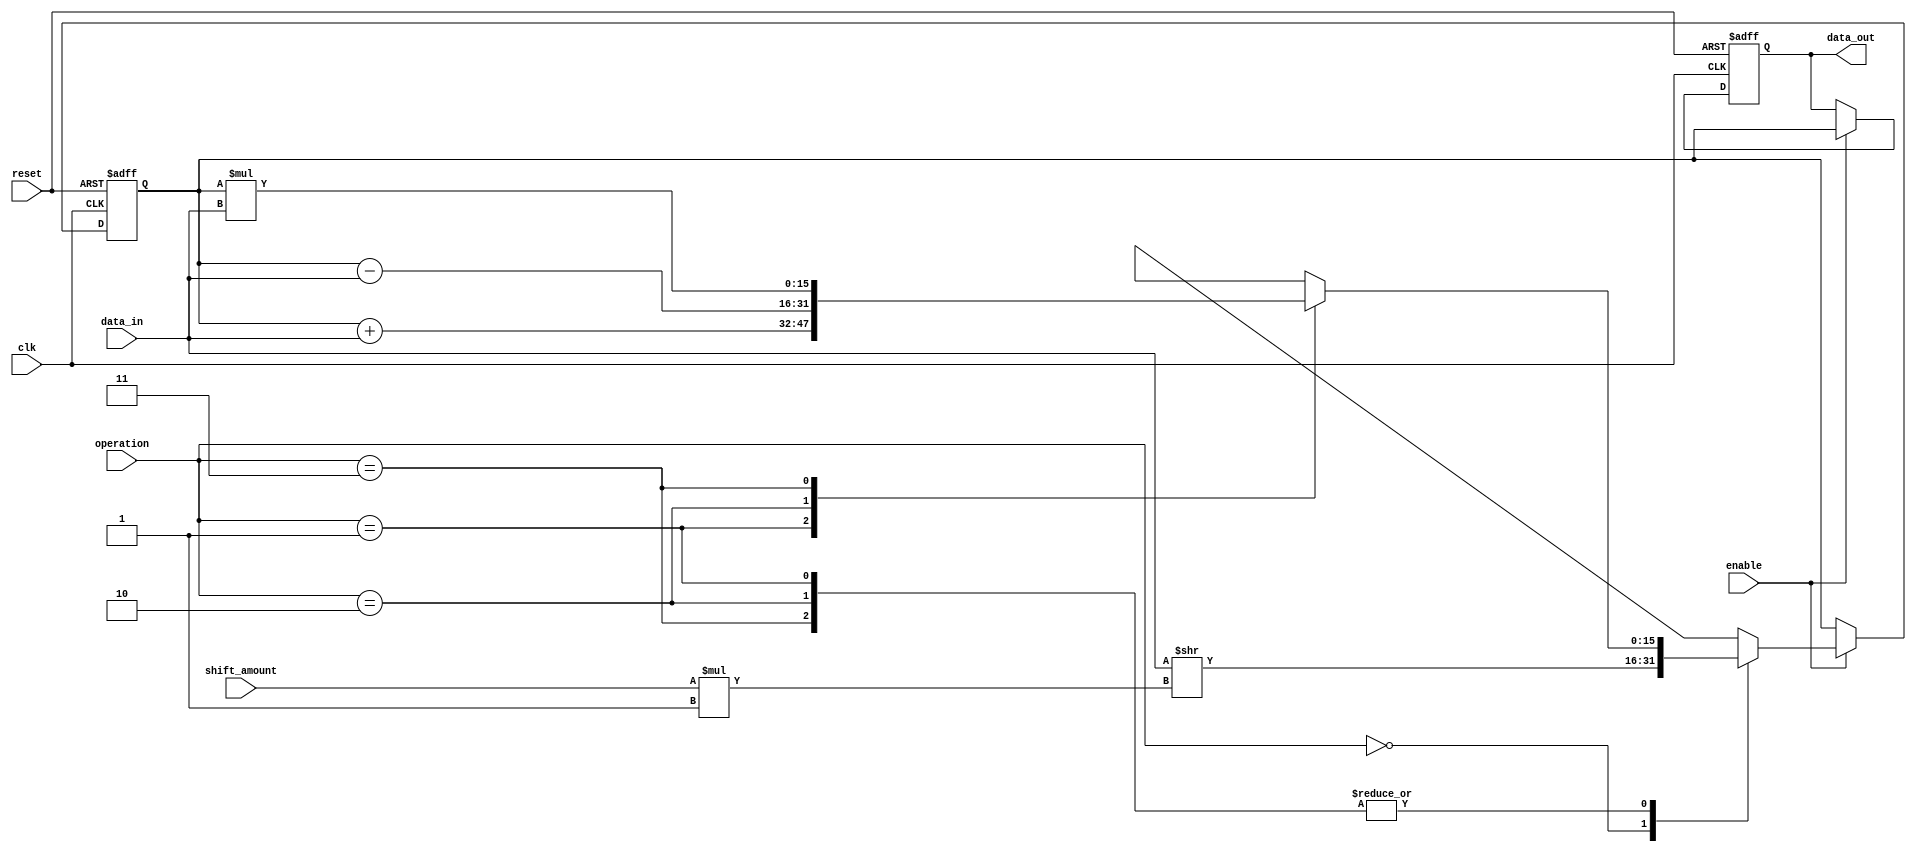
module LogarithmicShiftRegister #(
    parameter DATA_WIDTH = 16, // Default data width
    parameter LOG_BASE = 2      // Logarithmic base for shifting
)(
    input wire clk,             // Clock signal
    input wire reset,           // Reset signal
    input wire enable,          // Enable signal
    input wire [DATA_WIDTH-1:0] data_in, // Input data
    input wire [3:0] shift_amount, // Amount to shift (logarithmic)
    input wire [1:0] operation, // Operation: 00 - Shift, 01 - Add, 10 - Subtract, 11 - Multiply
    output reg [DATA_WIDTH-1:0] data_out // Output data
);

// Internal register to hold the processed data
reg [DATA_WIDTH-1:0] internal_reg;

// Logarithmic Shift Logic
function [DATA_WIDTH-1:0] log_shift;
    input [DATA_WIDTH-1:0] data;
    input [3:0] amount;
    begin
        // Logarithmic shifting based on LOG_BASE
        log_shift = data >> (amount * $clog2(LOG_BASE));
    end
endfunction

// Arithmetic Operations Logic
function [DATA_WIDTH-1:0] arithmetic_op;
    input [DATA_WIDTH-1:0] a;
    input [DATA_WIDTH-1:0] b;
    input [1:0] op;
    begin
        case (op)
            2'b00: arithmetic_op = a; // No operation
            2'b01: arithmetic_op = a + b; // Addition
            2'b10: arithmetic_op = a - b; // Subtraction
            2'b11: arithmetic_op = a * b; // Multiplication
            default: arithmetic_op = a; // Default to no operation
        endcase
    end
endfunction

always @(posedge clk or posedge reset) begin
    if (reset) begin
        internal_reg <= 0; // Initialize register on reset
        data_out <= 0;     // Clear output on reset
    end else if (enable) begin
        case (operation)
            2'b00: // Logarithmic Shift
                internal_reg <= log_shift(data_in, shift_amount);
            2'b01, 2'b10, 2'b11: // Arithmetic Operations
                internal_reg <= arithmetic_op(internal_reg, data_in, operation);
            default:
                internal_reg <= internal_reg; // Hold previous value
        endcase
        data_out <= internal_reg; // Produce output
    end
end

endmodule